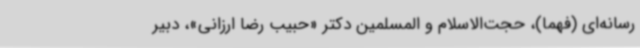
رسانه‌ای (فهما)، حجت‌الاسلام و المسلمین دکتر «حبیب رضا ارزانی»، دبیر